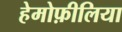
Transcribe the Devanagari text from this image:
हेमोफ़ीलिया